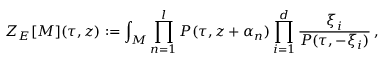
Z _ { E } [ M ] ( \tau , z ) : = \int _ { M } \prod _ { n = 1 } ^ { l } P ( \tau , z + \alpha _ { n } ) \prod _ { i = 1 } ^ { d } \frac { \xi _ { i } } { P ( \tau , - \xi _ { i } ) } \, ,